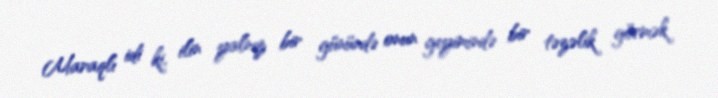
Maraqlı idi ki, ilin yalnız bir günündə onun geyimində bir təzəlik görmək